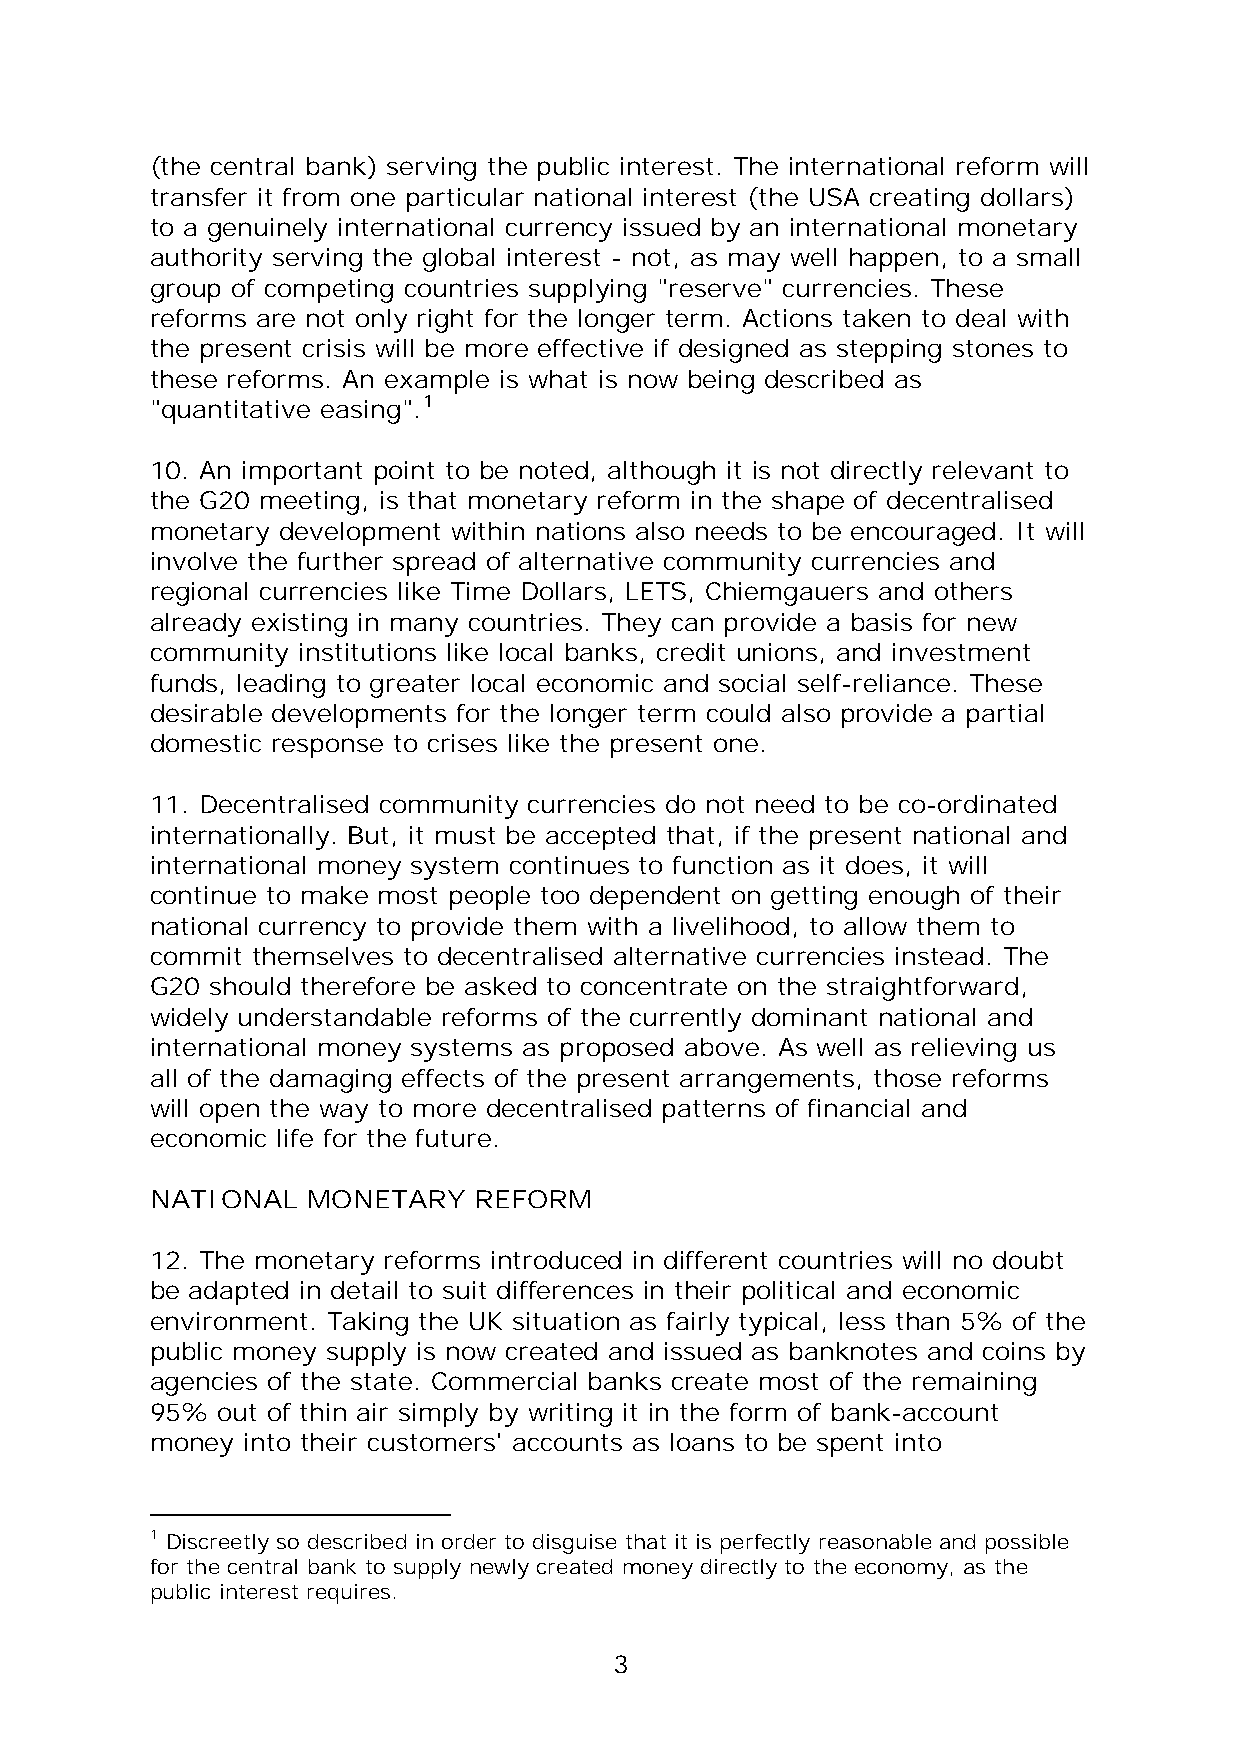
(the central bank) serving the public interest. The international reform will
 transfer it from one particular national interest (the USA creating dollars)
 to a genuinely international currency issued by an international monetary
 authority serving the global interest - not, as may well happen, to a small
 group of competing countries supplying "reserve" currencies. These
 reforms are not only right for the longer term. Actions taken to deal with
 the present crisis will be more effective if designed as stepping stones to
 these reforms. An example is what is now being described as
 "quantitative easing".1
 10. An important point to be noted, although it is not directly relevant to
 the G20 meeting, is that monetary reform in the shape of decentralised
 monetary development within nations also needs to be encouraged. It will
 involve the further spread of alternative community currencies and
 regional currencies like Time Dollars, LETS, Chiemgauers and others
 already existing in many countries. They can provide a basis for new
 community institutions like local banks, credit unions, and investment
 funds, leading to greater local economic and social self-reliance. These
 desirable developments for the longer term could also provide a partial
 domestic response to crises like the present one.
 11. Decentralised community currencies do not need to be co-ordinated
 internationally. But, it must be accepted that, if the present national and
 international money system continues to function as it does, it will
 continue to make most people too dependent on getting enough of their
 national currency to provide them with a livelihood, to allow them to
 commit themselves to decentralised alternative currencies instead. The
 G20 should therefore be asked to concentrate on the straightforward,
 widely understandable reforms of the currently dominant national and
 international money systems as proposed above. As well as relieving us
 all of the damaging effects of the present arrangements, those reforms
 will open the way to more decentralised patterns of financial and
 economic life for the future.
 NATIONAL  MONETARY   REFORM
 12. The monetary reforms introduced in different countries will no doubt
 be adapted in detail to suit differences in their political and economic
 environment. Taking the UK situation as fairly typical, less than 5% of the
 public money supply is now created and issued as banknotes and coins by
 agencies of the state. Commercial banks create most of the remaining
 95% out of thin air simply by writing it in the form of bank-account
 money into their customers' accounts as loans to be spent into
 1 Discreetly so described in order to disguise that it is perfectly reasonable and possible
 for the central bank to supply newly created money directly to the economy, as the
 public interest requires.
 3